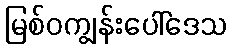
မြစ်ဝကျွန်းပေါ်ဒေသ